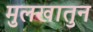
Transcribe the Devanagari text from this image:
मुलखातुन